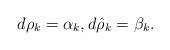
LaTeX: \begin{align*}d\rho_k = \alpha_{k}, d\hat{\rho}_k = \beta_{k}.\end{align*}